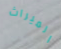
الميراث